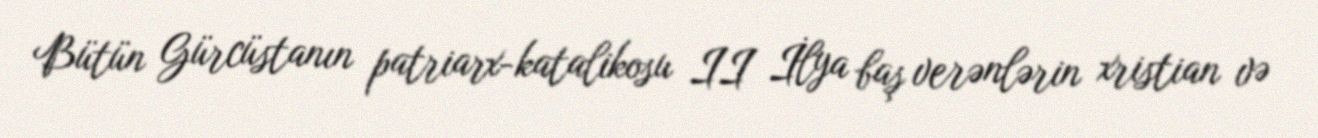
Bütün Gürcüstanın patriarx-katalikosu II İlya baş verənlərin xristian və